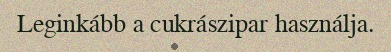
Leginkább a cukrászipar használja.